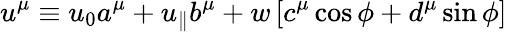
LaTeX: u^{\mu}\equiv u_{0}a^{\mu}+u_{\parallel}b^{\mu}+w\left[c^{\mu}\cos\phi+d^{\mu}\sin\phi\right]